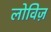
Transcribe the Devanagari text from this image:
लोविज़